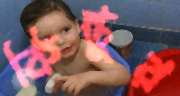
কিন্তুর